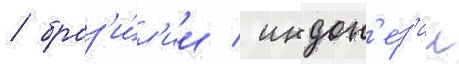
/ браз'и́л'ии / индон'е́з'ии